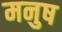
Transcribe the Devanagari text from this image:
मनुष